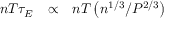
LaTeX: \begin{array} { l l l } { n T \tau _ { E } } & { \propto } & { n T \left( n ^ { 1 / 3 } / P ^ { 2 / 3 } \right) } \end{array}